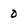
Character: 0